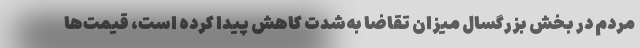
مردم در بخش بزرگسال میزان تقاضا به‌شدت کاهش پیدا کرده است، قیمت‌ها